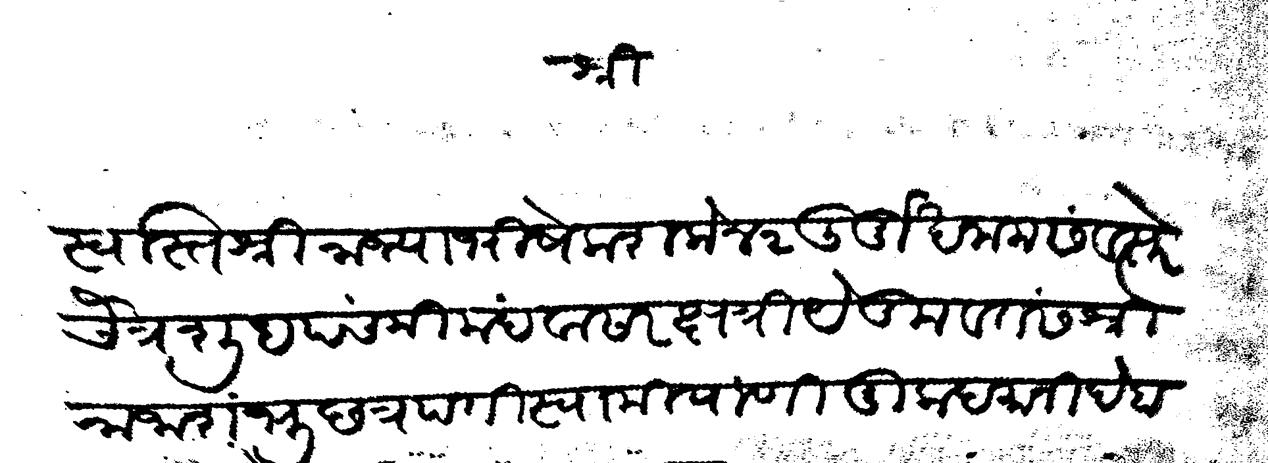
Transliteration (Devanagari): श्री स्वस्तिश्री राज्याभिषेक शके ४२ दुर्मुख नाम संवत्सरे चैत्र शुध पंचमी मंदवासार क्षत्रिये कुलावतंस श्री राजा शंभु छत्रपती स्वामी याणी मुकदमानी देहामीच्या